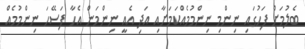
ބެލުމަށް ފަހުގައި ނިންމި ނިންމުމެއްކަމަށާއި އަދި އެއީ ނިންމަން އެހާ ފަސޭހަ ނިންމުމެއް